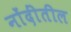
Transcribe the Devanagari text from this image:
नोंदींतील